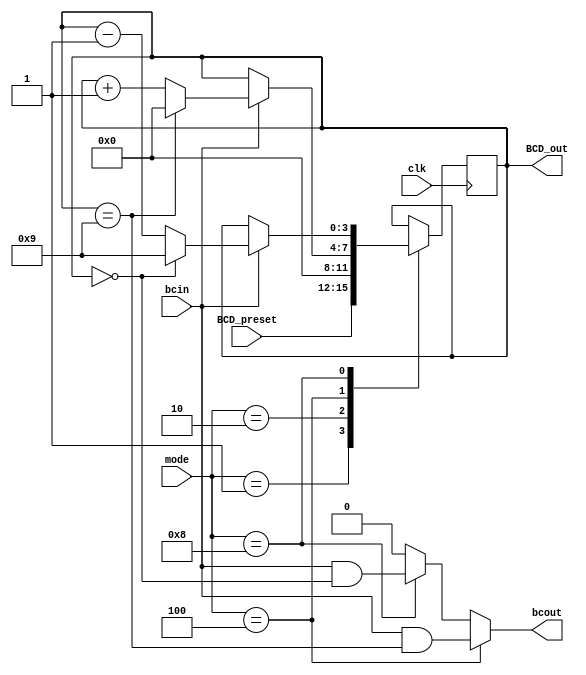
module BCD_functional_counter(
    input clk,                    //
    input [3:0] mode,             //
    input [3:0] BCD_preset,       //
    output [3:0] BCD_out,         //4bitBCD
    input bcin,                   //
    output reg bcout              //
    );
    parameter preset = 4'b0001;
    parameter clear = 4'b0010;
    parameter up = 4'b0100;
    parameter down = 4'b1000; 
    reg [3:0] cnt = 0;
    //BCD
    always @ (posedge clk) 
        case(mode)
            preset : cnt <= BCD_preset;
            clear : cnt <= 0;
            up : if(bcin) begin 
                     if(cnt == 4'd9)
                         cnt <= 0;
                     else
                         cnt <= cnt + 1'b1;
                 end
            down : if(bcin) begin
                       if(cnt == 4'd0)
                           cnt <= 4'd9;
                       else
                           cnt <= cnt - 1'b1;
                   end
            default : cnt <= cnt;
        endcase
    assign BCD_out = cnt;      //BCD
    ///
    always@(*) begin
        if(mode == up)
            bcout = bcin && (cnt == 4'd9);
        else if(mode == down)
            bcout = bcin && (cnt == 4'd0);
        else
            bcout = 1'b0;
    end
endmodule